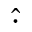
\hat { \cdot }